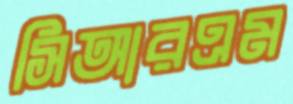
সিআরএম